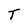
Character: T